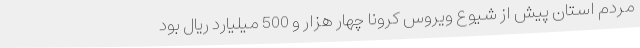
مردم استان پیش از شیوع ویروس کرونا چهار هزار و 500 میلیارد ریال بود